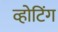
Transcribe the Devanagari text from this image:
व्होटिंग